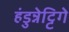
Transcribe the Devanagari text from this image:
हंडुन्नेट्टिगे